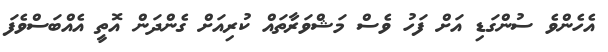
އެހެންވެ ސުންގަޑި އަށް ފަހު ވެސް މަޝްވަރާތައް ކުރިއަށް ގެންދަން އޮތީ އެއްބަސްވެފަ